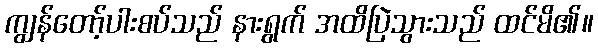
ကျွန်တော့်ပါးစပ်သည် နားရွက် အထိပြဲသွားသည် ထင်မိ၏။